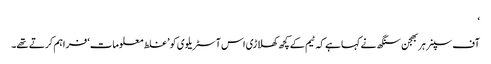
‘
آف سپنر ہربھجن سنگھ نے کہا ہے کہ ٹیم کے کچھ کھلاڑی اس آسٹریلوی کو ’غلط معلومات‘ فراہم کرتے تھے۔